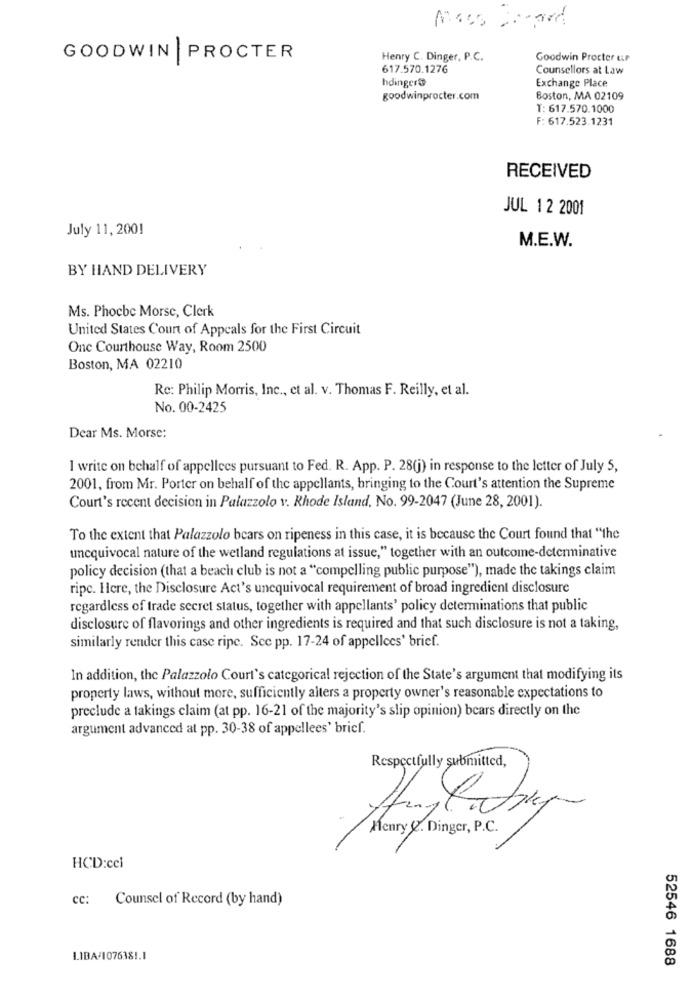
GOODWIN |PROCTER
Henry C. Dinger, P.C.
Goodwin Procter eur
617.570.1276
Counsellors at Law
hdinger@
Exchange Place
goodwinprocter.com
Boston, MA 02109
T: 617.570.1000
F: 617.523.1231
RECEIVED
JUL 12 2001
July 11, 2001
M.E.W.
BY HAND DELIVERY
Ms. Phocbc Morse, Clerk
United States Court of Appeals for the First Circuit
Onc Courthouse Way, Room 2500
Boston, MA 02210
Re: Philip Morris, Inc ., et al. v. Thomas F. Reilly, et al.
No. 00-2425
Dear Ms. Morse:
I write on behalf of appellees pursuant to Fed. R. App. P. 28(j) in response to the letter of July 5,
2001, from Mr. Porter on behalf of the appellants, bringing to the Court's attention the Supreme
Court's recent decision in Palazzolo v. Rhode Island. No. 99-2047 (June 28, 2001).
To the extent that Palazzolo bears on ripeness in this case, it is because the Court found that "the
uncquivocal nature of the wetland regulations at issue," together with an outcome-determinative
policy decision (that a beach club is not a "compelling public purpose"), made the takings claim
ripe. Here, the Disclosure Act's unequivocal requirement of broad ingredient disclosure
regardless of trade secret status, together with appellants' policy determinations that public
disclosure of flavorings and other ingredients is required and that such disclosure is not a taking,
similarly render this case ripe. See pp. 17-24 of appellees' brief.
In addition, the Palazzolo Court's categorical rejection of the State's argument that modifying its
property laws, without more, sufficiently alters a property owner's reasonable expectations to
preclude a takings claim (at pp. 16-21 of the majority's slip opinion) bears directly on the
argument advanced at pp. 30-38 of appellees' brief.
Respectfully submitted,
Henry 2. Dinger, P.C.
HCD:ccl
cc: Counsel of Record (by hand)
LIBA/1076381.1
52546 1688